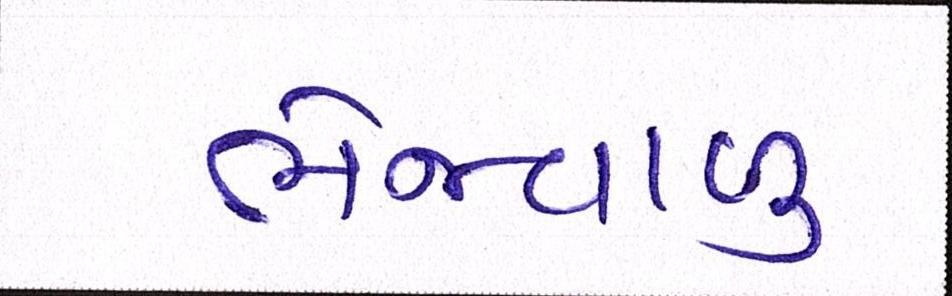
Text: ભેજવાળું